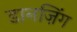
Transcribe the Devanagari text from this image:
डानज़िंग